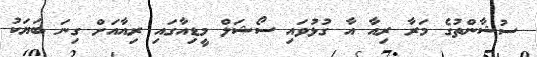
ސުޝާންތުގެ މަރާ ރިއާ އާ ގުޅުވައި ސޯޝަލް މީޑިއާގައި ރިއާއަށް ގިނަ ބަޔަކު